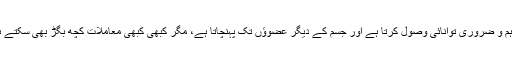
یہ اہم و ضروری توانائی وصول کرتا ہے اور جسم کے دیگر عضوؤں تک پہنچاتا ہے، مگر کبھی کبھی معاملات کچھ بگڑ بھی سکتے ہیں۔